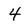
Character: 4